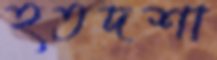
হতদশা